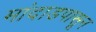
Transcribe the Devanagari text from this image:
मांदाडपासून